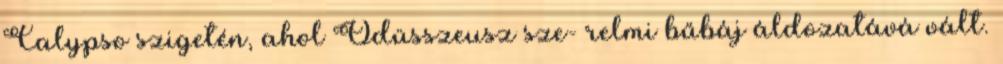
Calypso szigetén, ahol Odüsszeusz sze- relmi bűbáj áldozatává vált.